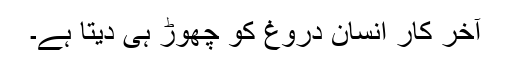
آخر کار انسان دروغ کو چھوڑ ہی دیتا ہے۔